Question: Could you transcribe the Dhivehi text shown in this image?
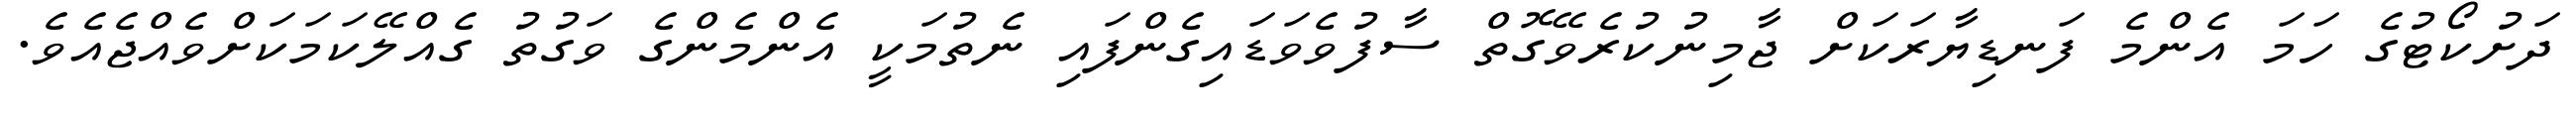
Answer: ދަށުކޯޓުގެ ހަމަ އެންމެ ފަނޑިޔާރަކަށް ޖާމިނުކުރެވޭގޮތް ސާފުވެވަޑައިގެންފައި ނެތުމަކީ އެންމެންގެ ވަގުތު ގެއްލޭކަމަކަށްވެއްޖެއެވެ.